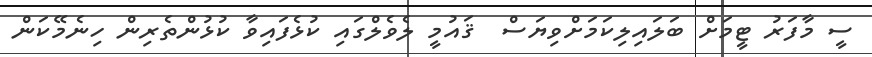
ސީ މާފަރު ޓީމަށް ބަލައިލިކަމަށްވިޔަސް  ޤައުމީ ލެވެލްގައި ކުޅެފައިވާ ކުޅުންތެރިން ހިނެމޭކަން